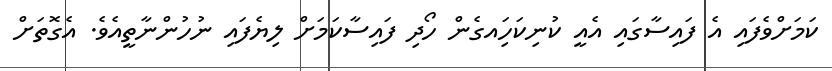
ކަމަށްވެފައި އެ ފައިސާގައި އެއީ ކުނިކަހަިއގެން ހޯދި ފައިސާކަމަށް ލިޔެފައި ނުހުންނާތީއެވެ. އެގޮތަށް